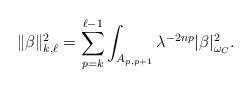
LaTeX: \begin{align*}\|\beta\|_{k, \ell}^2 =\sum_{p = k}^{\ell-1} \int_{A_{p, p+1}} \lambda^{-2np} |\beta|_{\omega_C}^2.\end{align*}